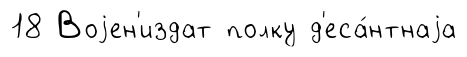
18 Воjен'издат полку д'еса́нтнаjа